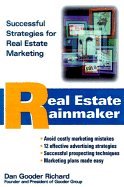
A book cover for Real Estate Rainmaker (Successful Strategies for Real Estate Marketing); Dan Gooder Richard; Business & Money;